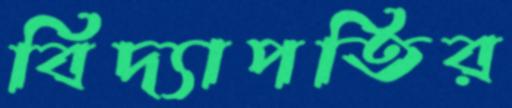
বিদ্যাপতির